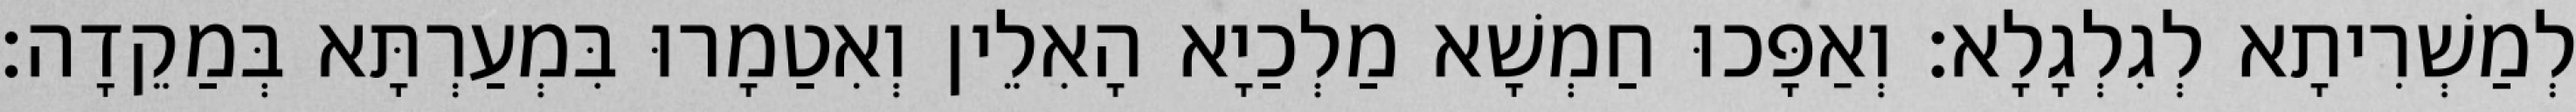
לְמַשְׁרִיתָא לְגִלְגָלָא׃ וְאַפָּכוּ חַמְשָׁא מַלְכַיָא הָאִלֵין וְאִטַמָרוּ בִּמְעַרְתָּא בְּמַקֵדָה׃